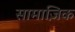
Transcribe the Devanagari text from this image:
सामाज़िक